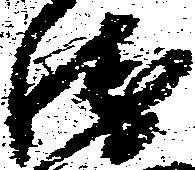
衛